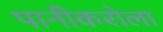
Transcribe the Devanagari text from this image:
पानीकरोला